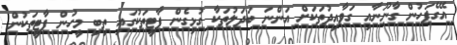
އޭގެފަހުން ގާނޫނާއި ގަވާއިދުތަކަށް އަންނަ ބަދަލުތަކާ ގުޅިގެން ޕާޓީތަކުގައި ތިބި މީހުން ޕާޓީތަކުން